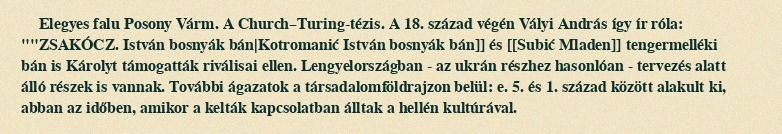
Elegyes falu Posony Várm. A Church–Turing-tézis. A 18. század végén Vályi András így ír róla: ""ZSAKÓCZ. István bosnyák bán|Kotromanić István bosnyák bán]] és [[Subić Mladen]] tengermelléki bán is Károlyt támogatták riválisai ellen. Lengyelországban - az ukrán részhez hasonlóan - tervezés alatt álló részek is vannak. További ágazatok a társadalomföldrajzon belül: e. 5. és 1. század között alakult ki, abban az időben, amikor a kelták kapcsolatban álltak a hellén kultúrával.